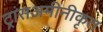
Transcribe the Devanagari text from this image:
ट्रांसअमीनीकृत